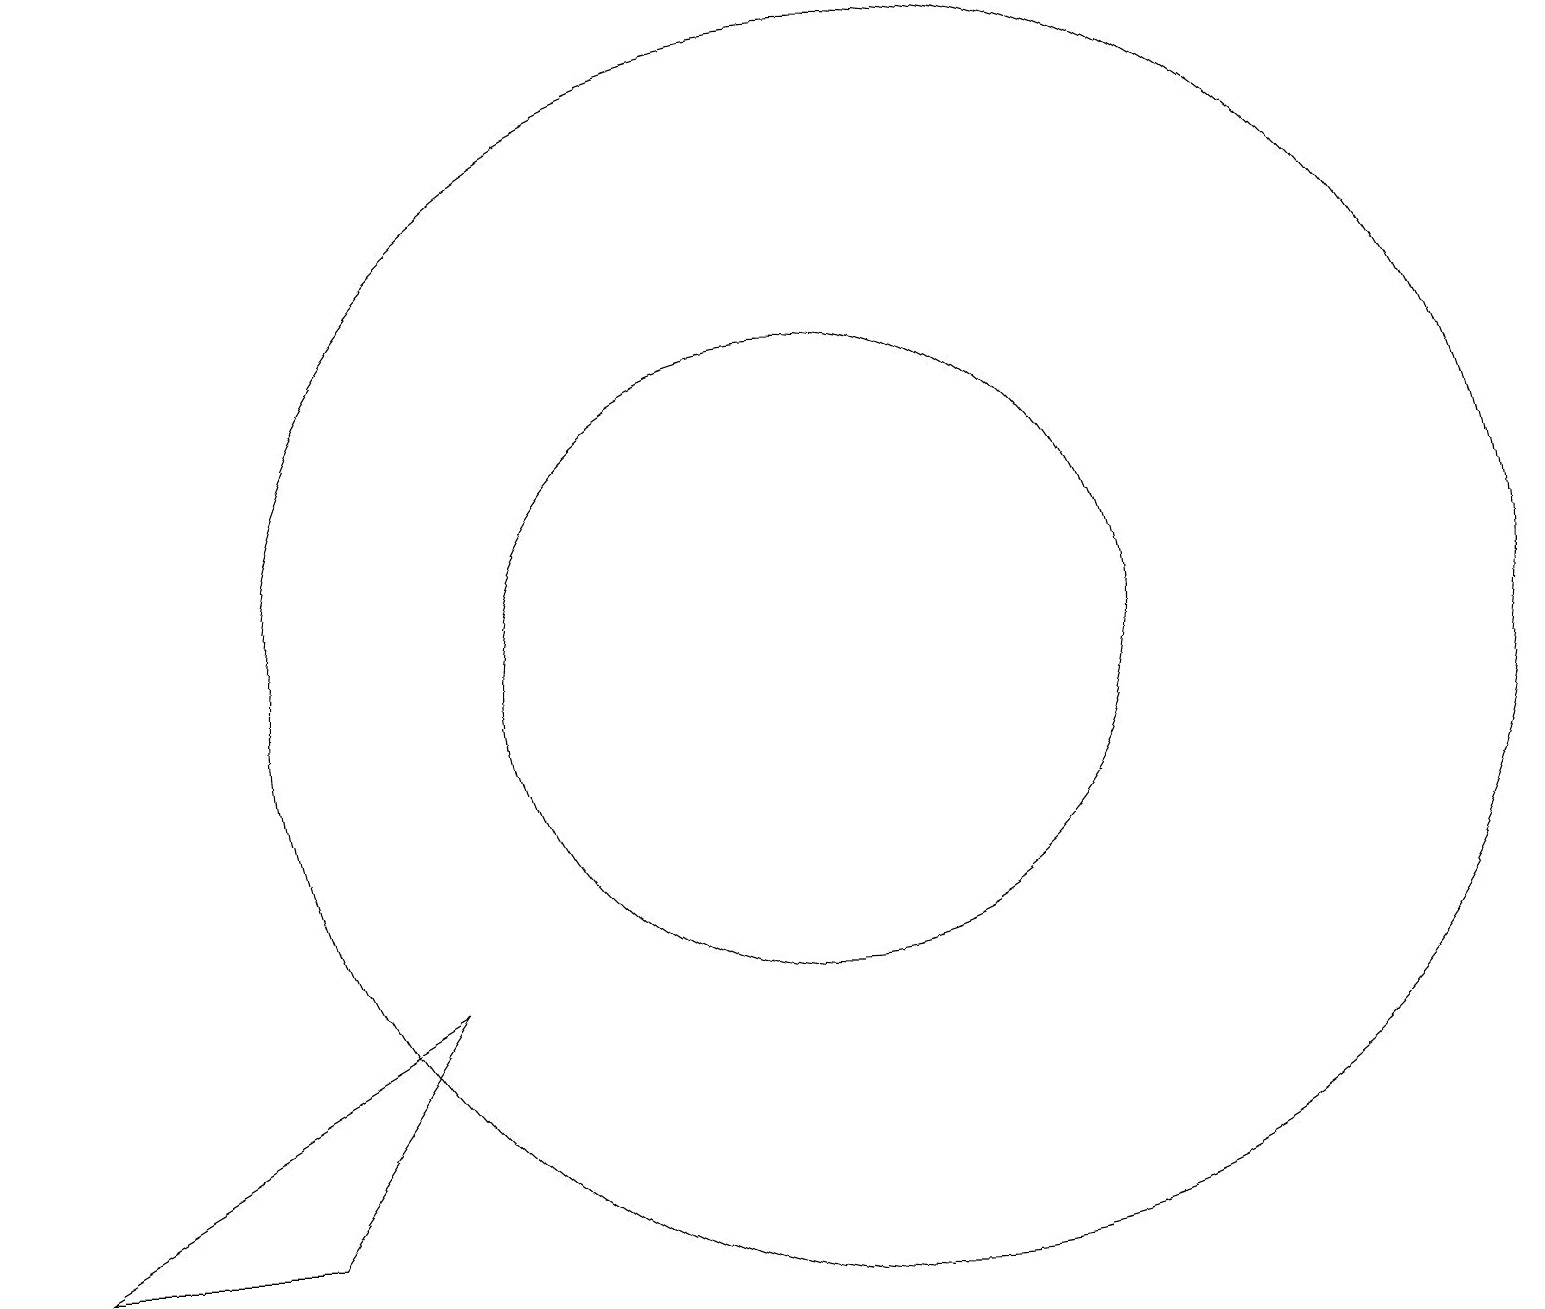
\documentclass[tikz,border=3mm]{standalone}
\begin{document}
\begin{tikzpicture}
\draw (11,11) circle (4);
\draw (1,4) -- (4,4) -- (6,7) -- cycle;
\draw (12,11) circle (8);
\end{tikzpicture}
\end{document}